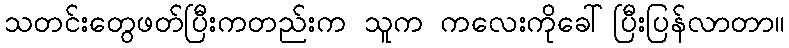
သတင်းတွေဖတ်ပြီးကတည်းက သူက ကလေးကိုခေါ်ပြီးပြန်လာတာ။